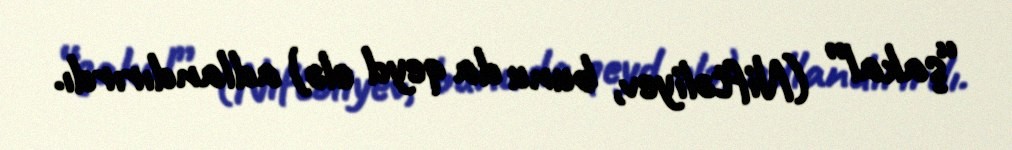
“şakal” (Niftəliyev, bunu da qeyd elə) adlandırırdı.